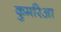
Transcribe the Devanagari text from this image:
कुमरिआ